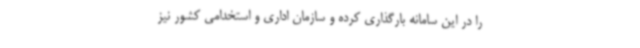
را در این سامانه بارگذاری کرده و سازمان اداری و استخدامی کشور نیز